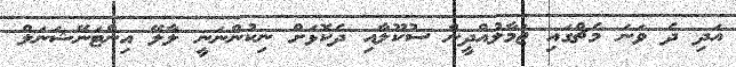
އަދި ދެ ވަނަ މެޗްގައި ޖަމާލުއްދީން ސުކޫލާއި ދެކޮޅަށް ނިކުންނަނީ ލާލޭ އިންޓަނޭޝަނަލް